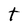
Character: t